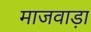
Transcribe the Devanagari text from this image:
माजवाड़ा